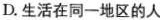
D.生活在同一地区的人